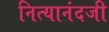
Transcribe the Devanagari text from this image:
नित्यानंदजी